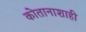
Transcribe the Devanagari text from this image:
कोतानाशाही